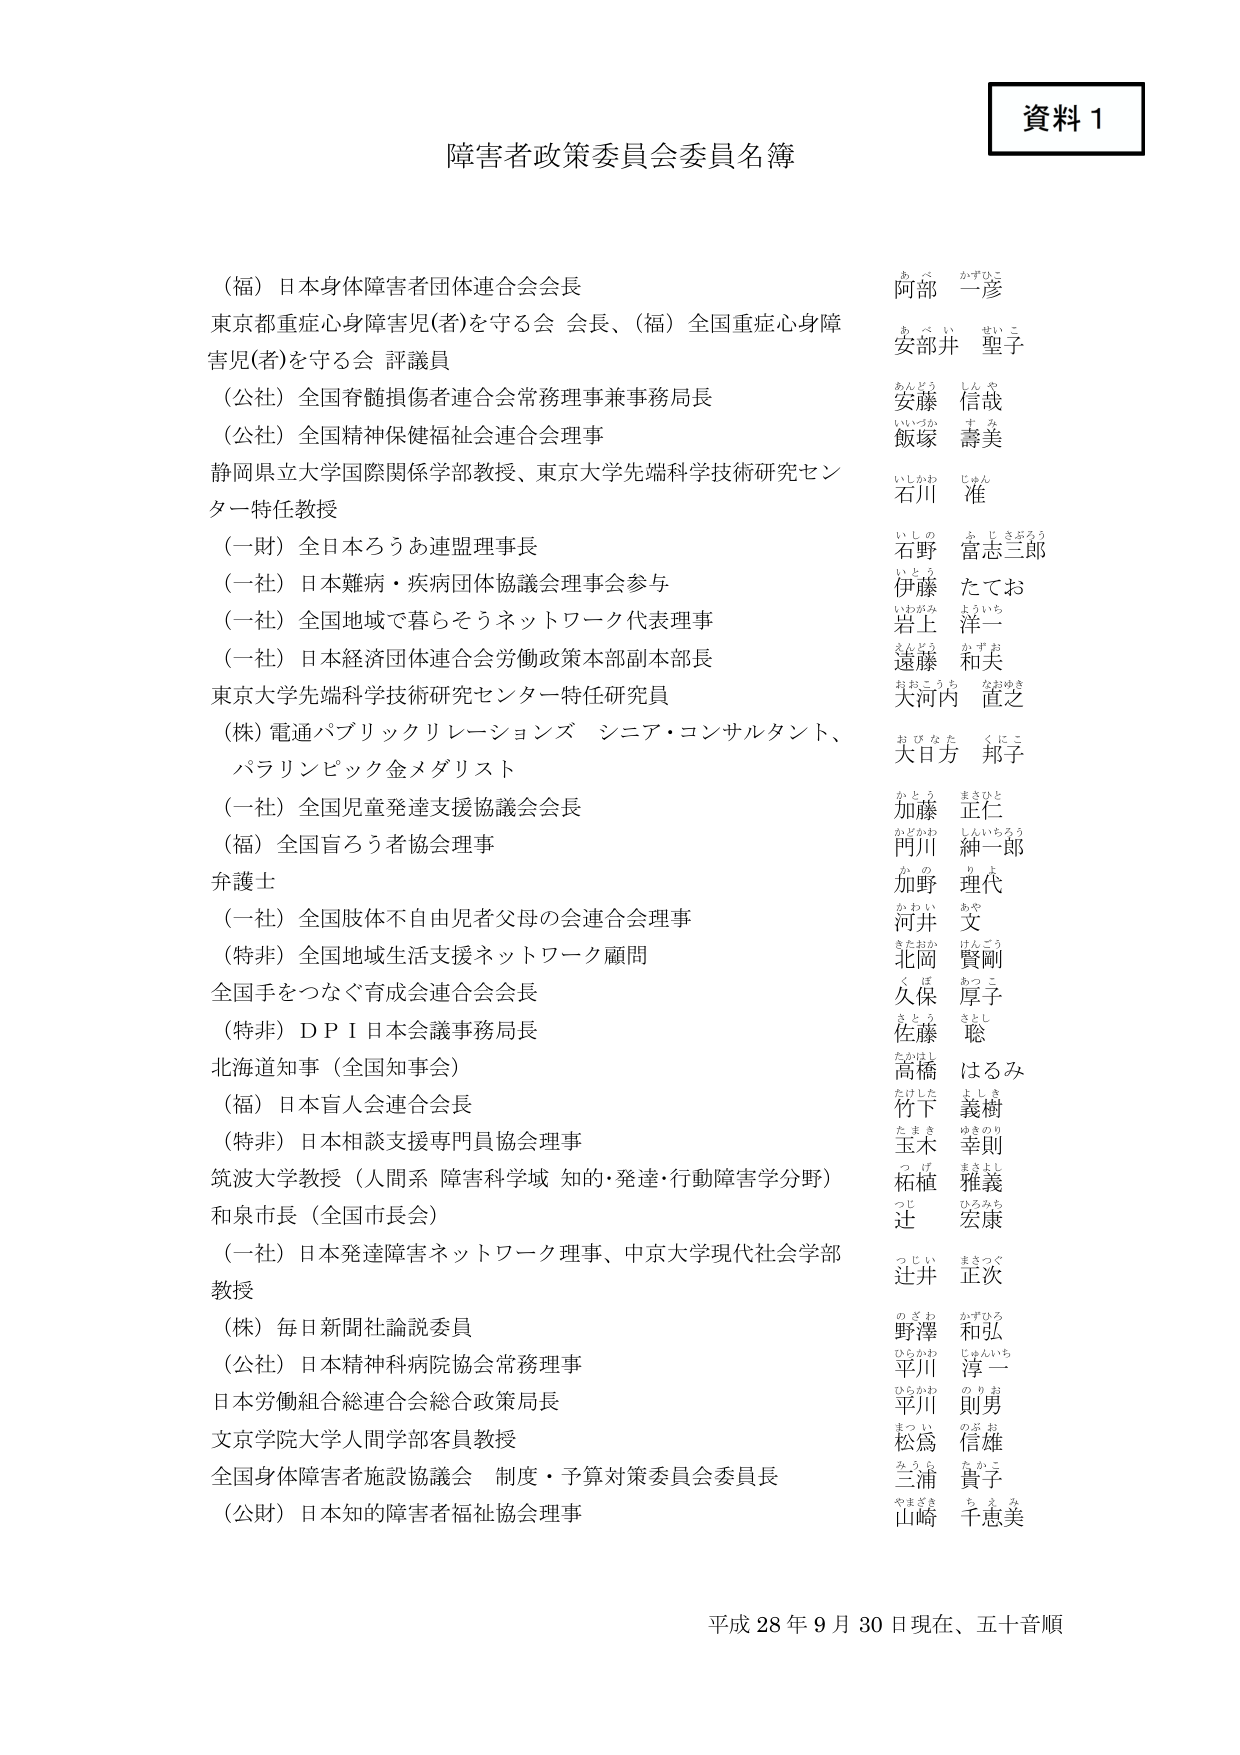
資料１

障害者政策委員会委員名簿

（福）日本身体障害者団体連合会会長
東京都重症心身障害児(者)を守る会 会長、（福）全国重症心身障害児(者)を守る会 評議員
（公社）全国脊髄損傷者連合会常務理事兼事務局長
（公社）全国精神保健福祉会連合会理事
静岡県立大学国際関係学部教授、東京大学先端科学技術研究センター特任教授
（一財）全日本ろうあ連盟理事長
（一社）日本難病・疾病団体協議会理事会参与
（一社）全国地域で暮らそうネットワーク代表理事
（一社）日本経済団体連合会労働政策本部副本部長
東京大学先端科学技術研究センター特任研究員
（株）電通パブリックリレーションズ シニア・コンサルタント、パラリンピック金メダリスト
（一社）全国児童発達支援協議会会長
（福）全国盲ろう者協会理事
弁護士
（一社）全国肢体不自由児者父母の会連合会理事
（特非）全国地域生活支援ネットワーク顧問
全国手をつなぐ育成会連合会会長
（特非）ＤＰＩ日本会議事務局長
北海道知事（全国知事会）
（福）日本盲人会連合会長
（特非）日本相談支援専門員協会理事
筑波大学教授（人間系 障害科学域 知的・発達・行動障害学分野）
和泉市長（全国市長会）
（一社）日本発達障害ネットワーク理事、中京大学現代社会学部教授
（株）毎日新聞社論説委員
（公社）日本精神科病院協会常務理事
日本労働組合総連合会総合政策局長
文京学院大学人間学部客員教授
全国身体障害者施設協議会 制度・予算対策委員会委員長
（公財）日本知的障害者福祉協会理事

阿部 一彦
安部井 聖子
安藤 信哉
飯塚 壽美
石川 准
石野 富志三郎
伊藤 たてお
岩上 洋一
遠藤 和夫
大河内 直之
大日方 邦子
加藤 正仁
門川 紳一郎
加野 理代
河井 文
北岡 賢剛
久保 厚子
佐藤 聡
高橋 はるみ
竹下 義樹
玉木 幸則
柘植 雅義
辻 安康
辻井 正次
野澤 和弘
平川 淳一
平川 則男
松爲 信雄
三浦 貴子
山崎 千恵美

平成28年9月30日現在、五十音順